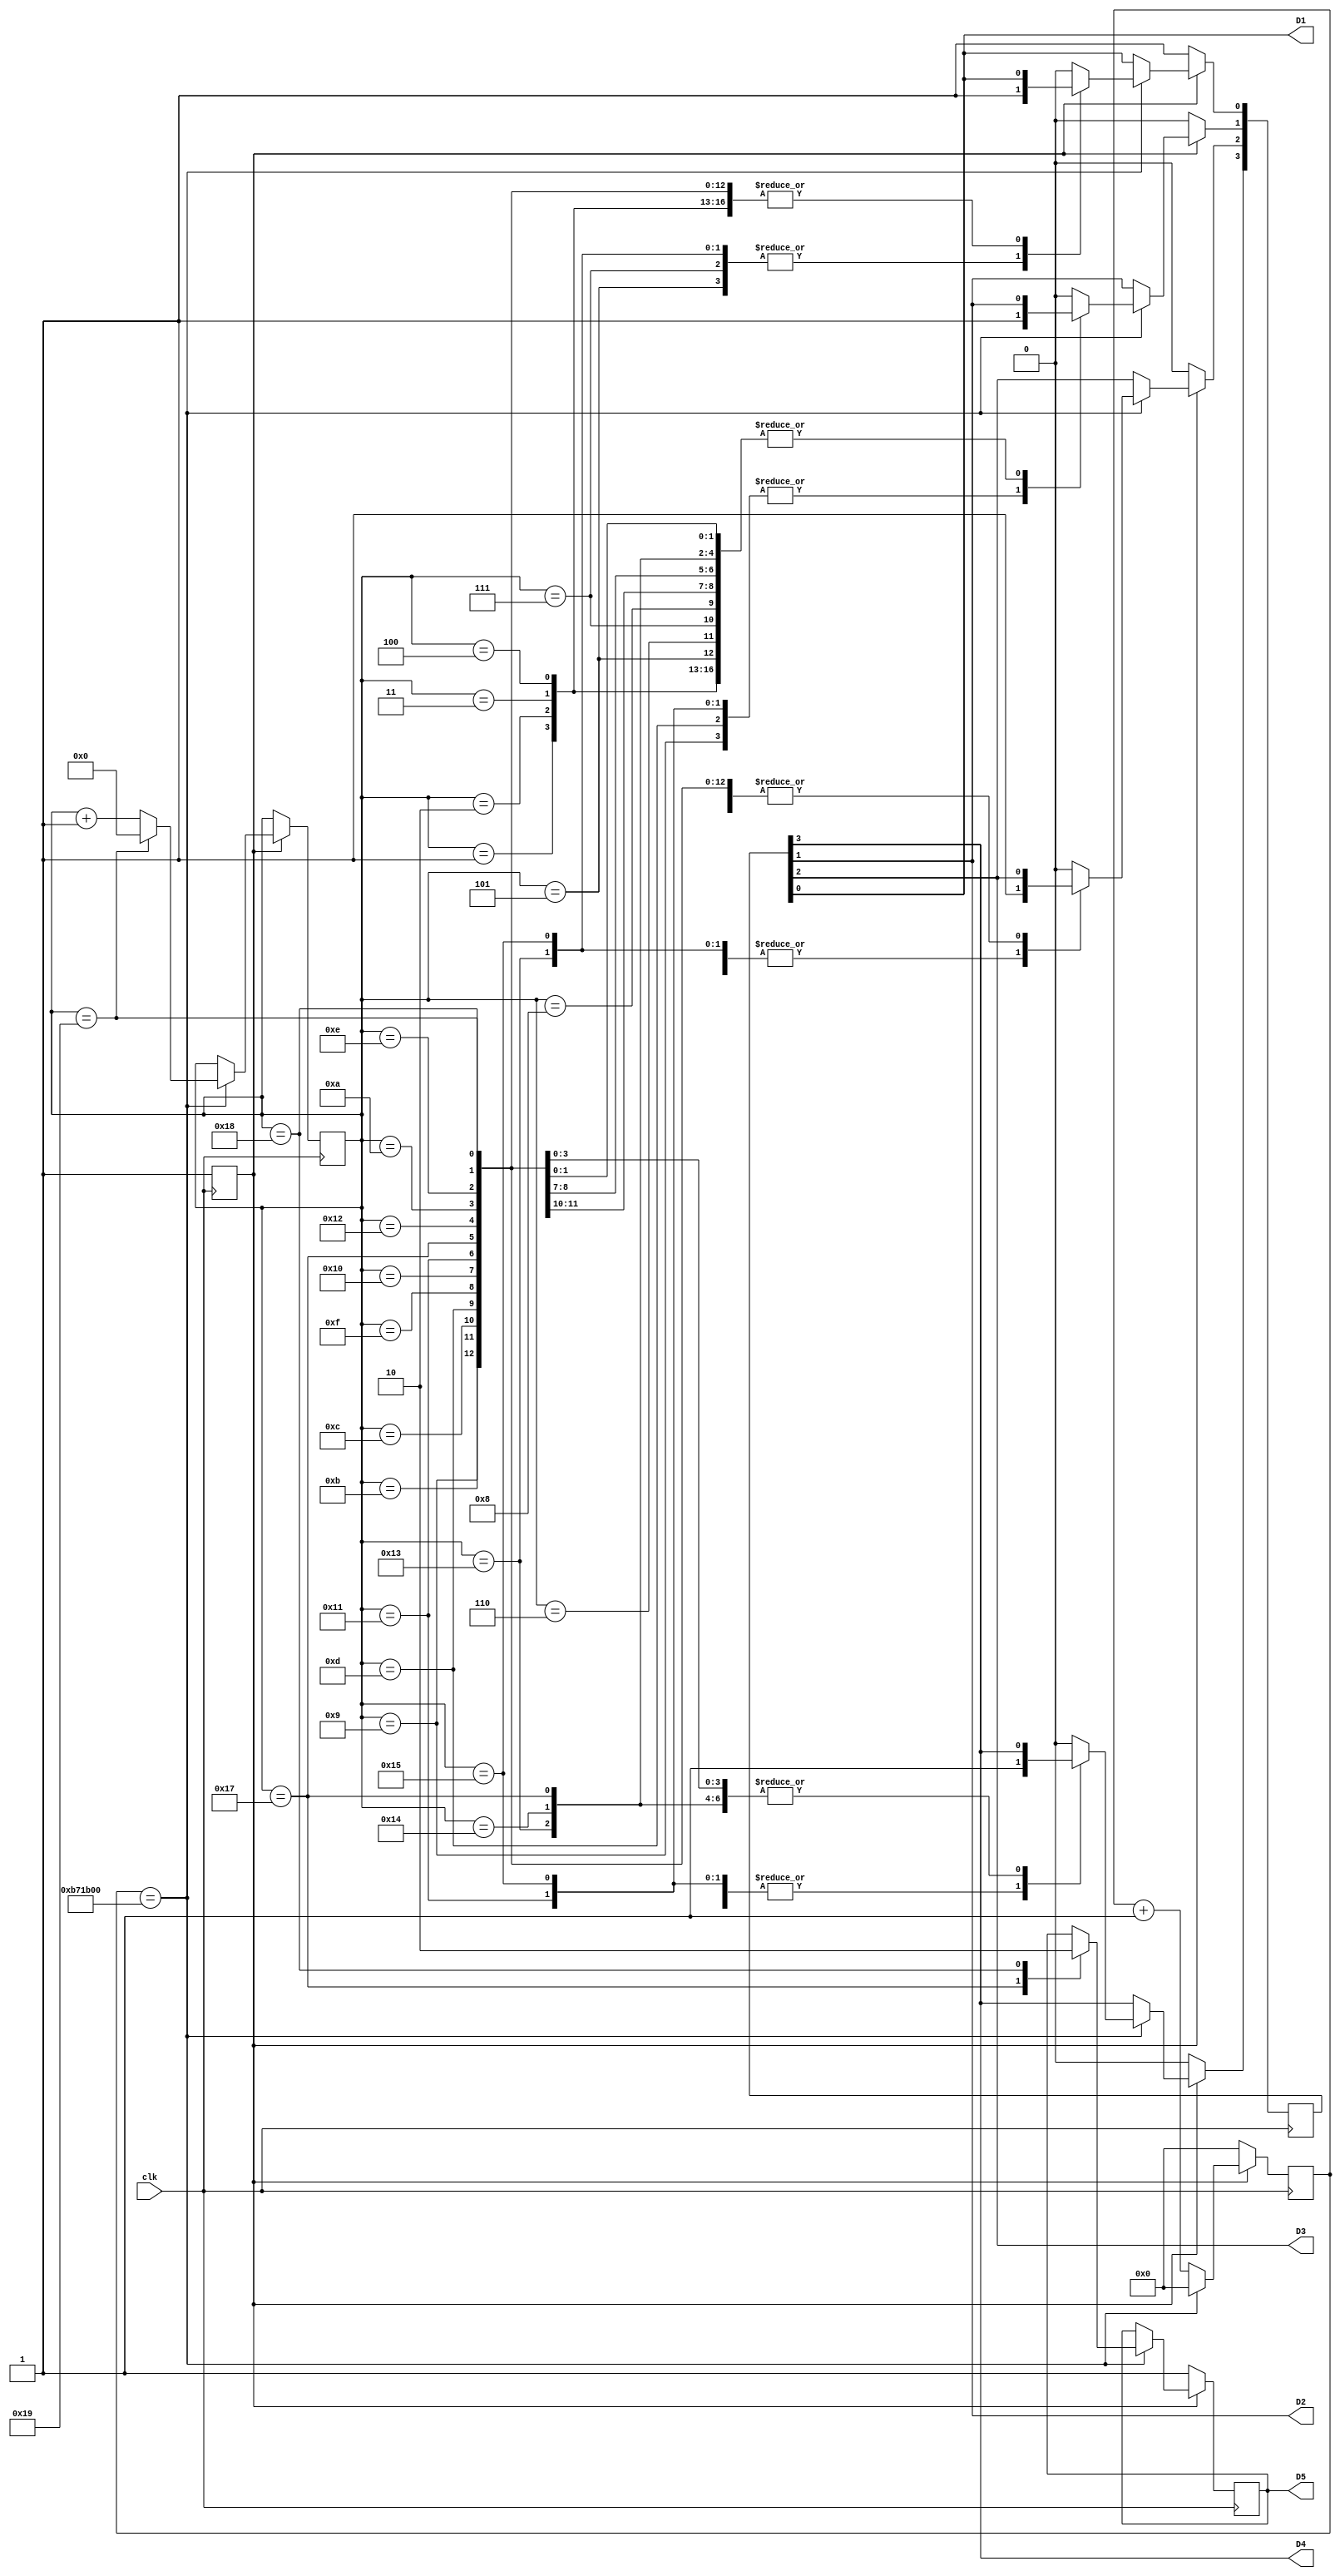
module top(input clk, output D1, output D2, output D3, output D4, output D5);
   
   reg center = 0;
   reg ready = 0;
   reg [23:0]     divider;
   reg [23:0]	  gap;
   reg [3:0]      rot;
   reg [25:0]     konami;
   

   always @(posedge clk) begin


      if (ready) 
        begin
           if (divider == 12000000) 
              begin
		konami <= 0;
                divider <= 0;
                konami <= {konami + 1};
		case (konami)
		 1 : rot[2] <= 1;
		 2 : rot[2] <= 0;
		 3 : rot[2] <= 1;
		 4 : rot[2] <= 0;
		 5 : rot[0] <= 1;
		 6 : rot[0] <= 0;
		 7 : rot[0] <= 1;
		 8 : rot[0] <= 0;
		 9 : rot[1] <= 1;
		 10 : rot[1] <= 0;
		 11 : rot[3] <= 1;
		 12 : rot[3] <= 0;
		 13 : rot[1] <= 1;
		 14 : rot[1] <= 0;
		 15 : rot[3] <= 1;
		 16 : rot[3] <= 0;
		 17 : begin
			rot[1] <= 1;
			rot[3] <= 1;
		      end
		 18 : begin
			rot[1] <= 0;
			rot[3] <= 0;
		      end
		 19 : begin
			rot[2] <= 1;
			rot[0] <= 1;
		      end
		 20 : begin
			rot[2] <= 0;
			rot[0] <= 0;
		      end
		 21 : begin
			rot[0] <= 1;
			rot[1] <= 1;
			rot[2] <= 1;
			rot[3] <= 1;
		      end
		 22 : begin
			rot[0] <= 0;
			rot[1] <= 0;
			rot[2] <= 0;
			rot[3] <= 0;
		      end
		 23 : center <= 1;
		 24 : center <= 0;
		 25 : konami <= 0;
		 default : rot <= 1'b0;
		endcase
		//rot <= {rot + 1};
              end
	   else
	    begin
		divider <= {divider + 1};
	    end
           end
      else 
        begin
	   gap <= 0;
           ready <= 1;
           rot <= 1'b1;
	   center <= 1'b1;
           divider <= 0;
        end
   end
   



   assign D1 = rot[0];
   assign D2 = rot[1];
   assign D3 = rot[2];
   assign D4 = rot[3];
   assign D5 = center[0];
//   assign D5 = rot[0];
endmodule